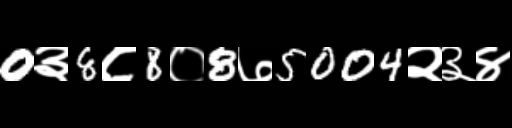
Text: 0३8८8०8७5004२३४